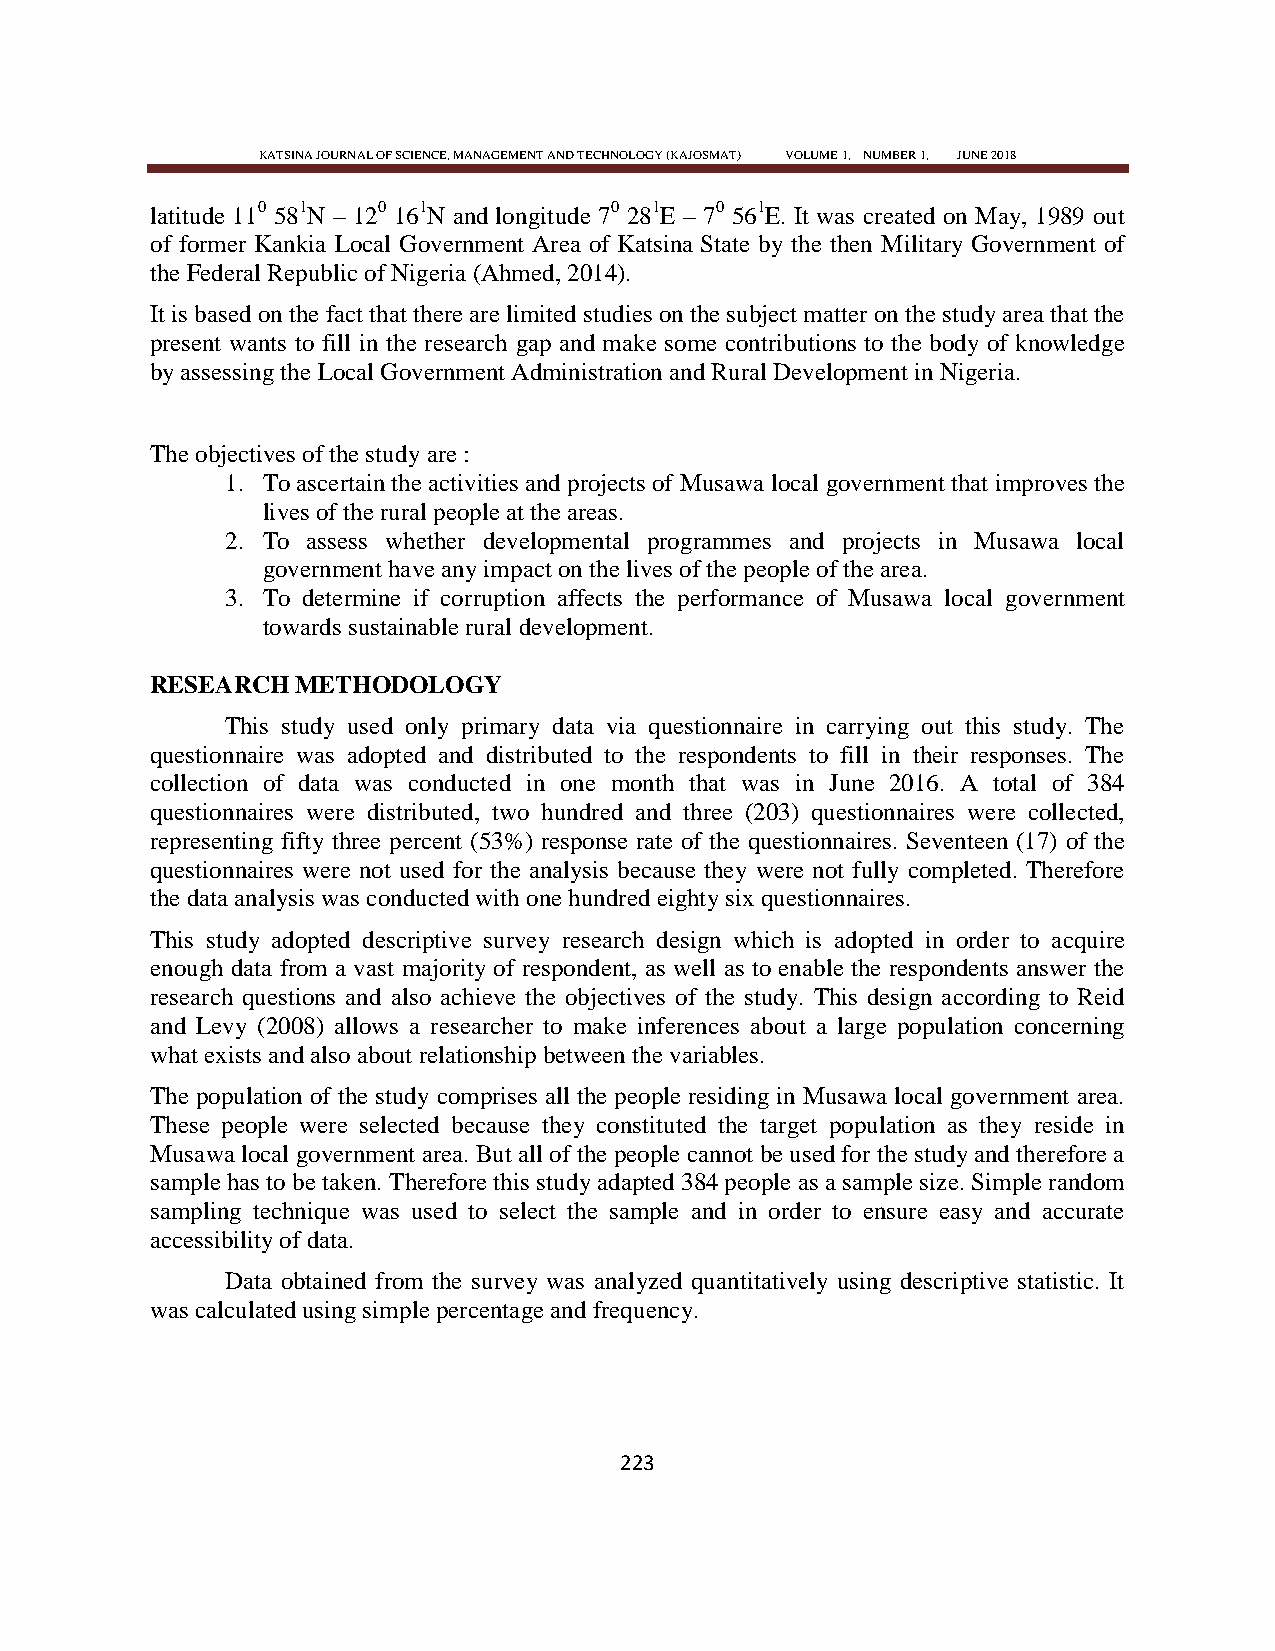
KATSINA JOURNAL OF SCIENCE, MANAGEMENT AND TECHNOLOGY (KAJOSMAT) VOLUME 1, NUMBER 1, JUNE 2018
 latitude 110 581N – 120 161N and longitude 70 281E – 70 561E. It was created on May, 1989 out
 of former Kankia Local Government Area of Katsina State by the then Military Government of
 the Federal Republic of Nigeria (Ahmed, 2014).
 It is based on the fact that there are limited studies on the subject matter on the study area that the
 present wants to fill in the research gap and make some contributions to the body of knowledge
 by assessing the Local Government Administration and Rural Development in Nigeria.
 The objectives of the study are :
 1. To ascertain the activities and projects of Musawa local government that improves the
 lives of the rural people at the areas.
 2. To assess whether developmental programmes and projects in Musawa local
 government have any impact on the lives of the people of the area.
 3. To determine if corruption affects the performance of Musawa local government
 towards sustainable rural development.
 RESEARCH  METHODOLOGY
 This study used only primary data via questionnaire in carrying out this study. The
 questionnaire was adopted and distributed to the respondents to fill in their responses. The
 collection of data was conducted in one month that was in June 2016. A total of 384
 questionnaires were distributed, two hundred and three (203) questionnaires were collected,
 representing fifty three percent (53%) response rate of the questionnaires. Seventeen (17) of the
 questionnaires were not used for the analysis because they were not fully completed. Therefore
 the data analysis was conducted with one hundred eighty six questionnaires.
 This study adopted descriptive survey research design which is adopted in order to acquire
 enough data from a vast majority of respondent, as well as to enable the respondents answer the
 research questions and also achieve the objectives of the study. This design according to Reid
 and Levy (2008) allows a researcher to make inferences about a large population concerning
 what exists and also about relationship between the variables.
 The population of the study comprises all the people residing in Musawa local government area.
 These people were selected because they constituted the target population as they reside in
 Musawa local government area. But all of the people cannot be used for the study and therefore a
 sample has to be taken. Therefore this study adapted 384 people as a sample size. Simple random
 sampling technique was used to select the sample and in order to ensure easy and accurate
 accessibility of data.
 Data obtained from the survey was analyzed quantitatively using descriptive statistic. It
 was calculated using simple percentage and frequency.
 223